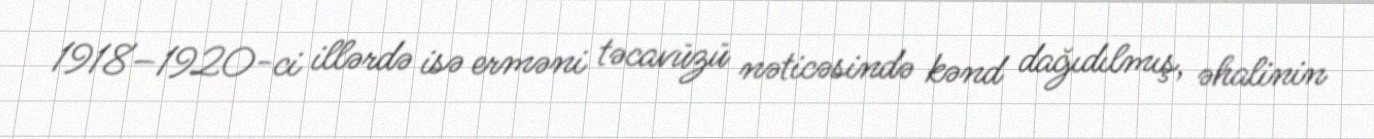
1918–1920-ci illərdə isə erməni təcavüzü nəticəsində kənd dağıdılmış, əhalinin